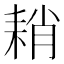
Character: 𦓴